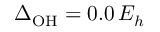
\Delta _ { \mathrm { O H } } = 0 . 0 \, E _ { h }